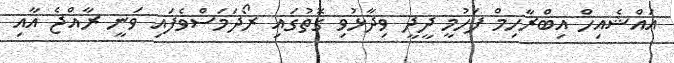
އައްޝެއިހް އިބްރާހިމް ފަހުމީ ދީދީ ވިދާޅުވި ގޮތުގައި ރޯދަމަސްވެފައި ވަނީ ރާއްޖެ އާއި